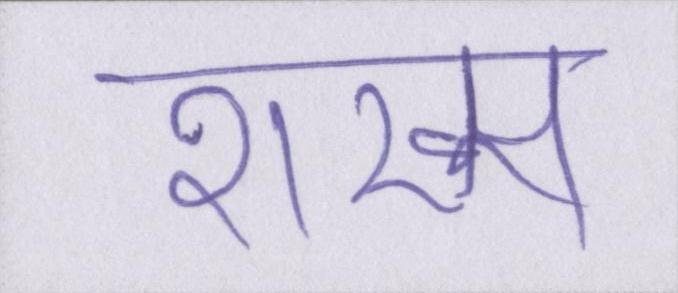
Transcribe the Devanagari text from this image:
शख्स